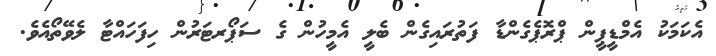
އެކަަމަކު އެމްޑީޕީން ޕްރޮޕެގެންޑާ ފަތުރައިގެން ބެލީ އެމީހުން ގެ ސަޕޯރޓަރުން ހިފަހައްޓާ ލެވޭތޯއެވެ.